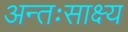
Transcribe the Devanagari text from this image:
अन्तःसाक्ष्य